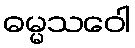
ဓမ္မသဝေါ